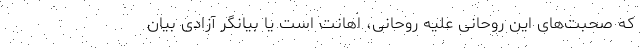
که صحبت‌های این روحانی علیه روحانی، اهانت است یا بیانگر آزادی بیان